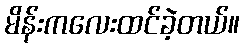
မိန်းကလေးထင်ခဲ့တယ်။